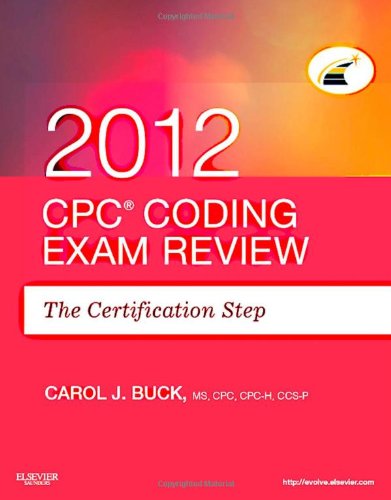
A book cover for CPC Coding Exam Review 2012: The Certification Step, 1e; Carol J. Buck MS  CPC  CCS-P; Medical Books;